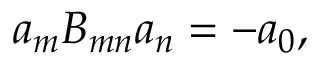
a _ { m } B _ { m n } a _ { n } = - a _ { 0 } ,